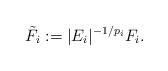
LaTeX: \begin{align*}\tilde F_{i} := |E_{i}|^{-1/p_{i}} F_{i}.\end{align*}